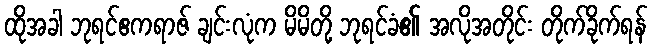
ထိုအခါ ဘုရင်ဧကရာဇ် ချင်းလုံက မိမိတို့ ဘုရင်ခံ၏ အလိုအတိုင်း တိုက်ခိုက်ရန်